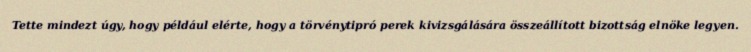
Tette mindezt úgy, hogy például elérte, hogy a törvénytipró perek kivizsgálására összeállított bizottság elnöke legyen.